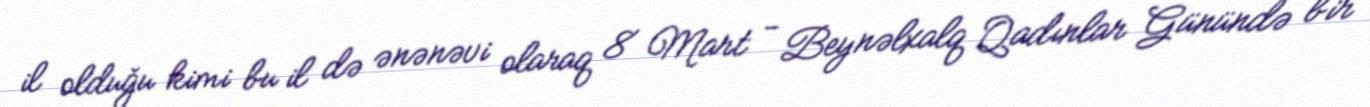
il olduğu kimi bu il də ənənəvi olaraq 8 Mart - Beynəlxalq Qadınlar Günündə bir